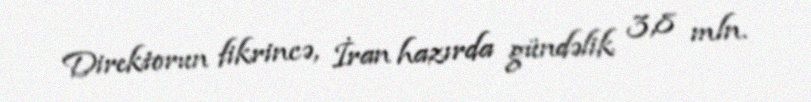
Direktorun fikrincə, İran hazırda gündəlik 3,8 mln.